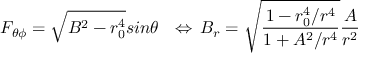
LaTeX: F _ { \theta \phi } = \sqrt { B ^ { 2 } - r _ { 0 } ^ { 4 } } s i n \theta \ \ \Leftrightarrow \, B _ { r } = \sqrt { \frac { 1 - r _ { 0 } ^ { 4 } / r ^ { 4 } } { 1 + A ^ { 2 } / r ^ { 4 } } } \frac { A } { r ^ { 2 } }